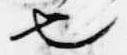
也